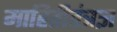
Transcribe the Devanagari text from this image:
माहितीतंत्रज्ञ